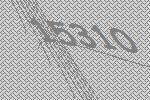
15310